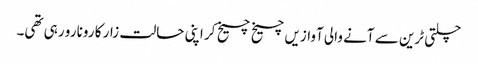
چلتی ٹرین سے آنے والی آوازیں چیخ چیخ کر اپنی حالت زار کا رونا رو رہی تھی۔